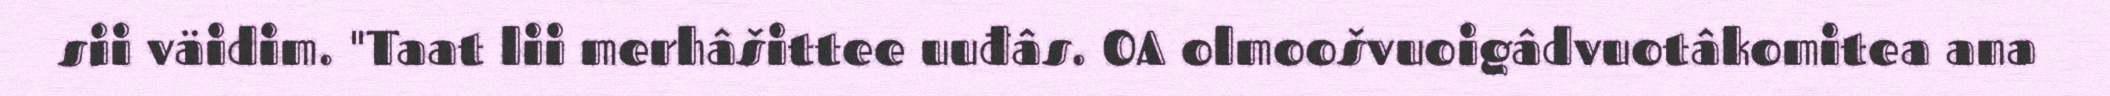
sii väidim. "Taat lii merhâšittee uuđâs. OA olmoošvuoigâdvuotâkomitea ana